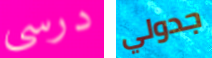
درسي جدولي